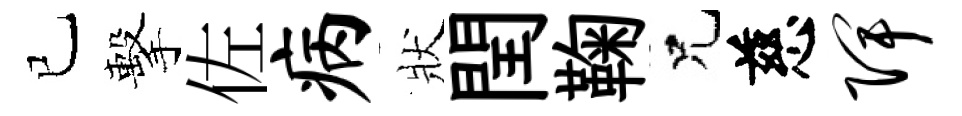
已擊佐病狀閏鞠兄慈陴